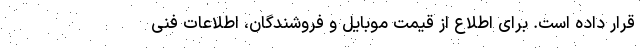
قرار داده است. برای اطلاع از قیمت موبایل و فروشندگان، اطلاعات فنی